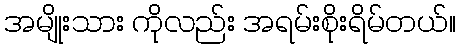
အမျိုးသား ကိုလည်း အရမ်းစိုးရိမ်တယ်။